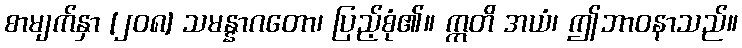
စာမျက်နှာ [၂၀၈] သမန္နာဂတော၊ ပြည့်စုံ၏။ ဣတိ အယံ၊ ဤဘာဝနာသည်။